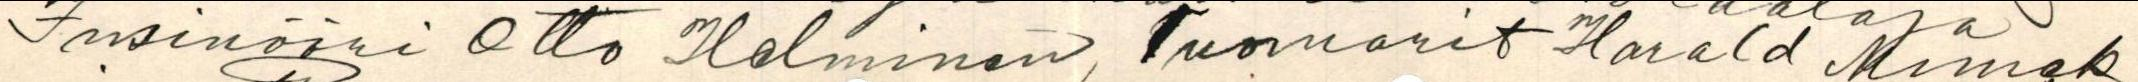
Insinööri Otto Helminen, tuomarit Harald Mimek